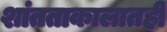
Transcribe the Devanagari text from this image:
शांतताकालातही